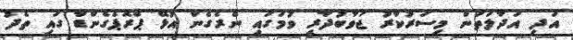
އަދި އަދާލަތުން މިސަރުކާރު ޖަވާބުދާރީ ވުމުގައި ނެރެގެން އުޅޭ ޕްރޮޕެގެންޑާ ގައި ތެދު